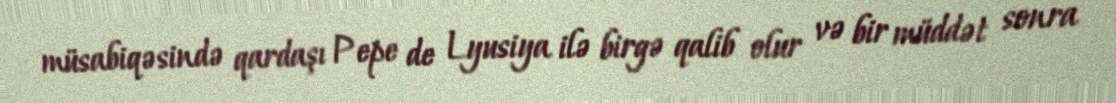
müsabiqəsində qardaşı Pepe de Lyusiya ilə birgə qalib olur və bir müddət sonra